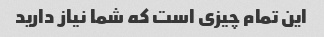
این تمام چیزی است که شما نیاز دارید